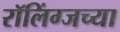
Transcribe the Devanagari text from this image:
रॉलिंग्जच्या